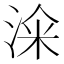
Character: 𣷦